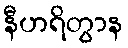
နီဟရိတွာန